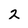
Character: 2